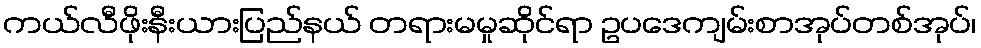
ကယ်လီဖိုးနီးယားပြည်နယ် တရားမမှုဆိုင်ရာ ဥပဒေကျမ်းစာအုပ်တစ်အုပ်၊